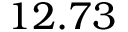
1 2 . 7 3